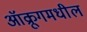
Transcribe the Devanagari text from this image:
ऑक्रूगमधील